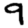
Digit: 9